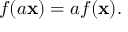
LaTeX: f ( a \mathbf { x } ) = a f ( \mathbf { x } ) .